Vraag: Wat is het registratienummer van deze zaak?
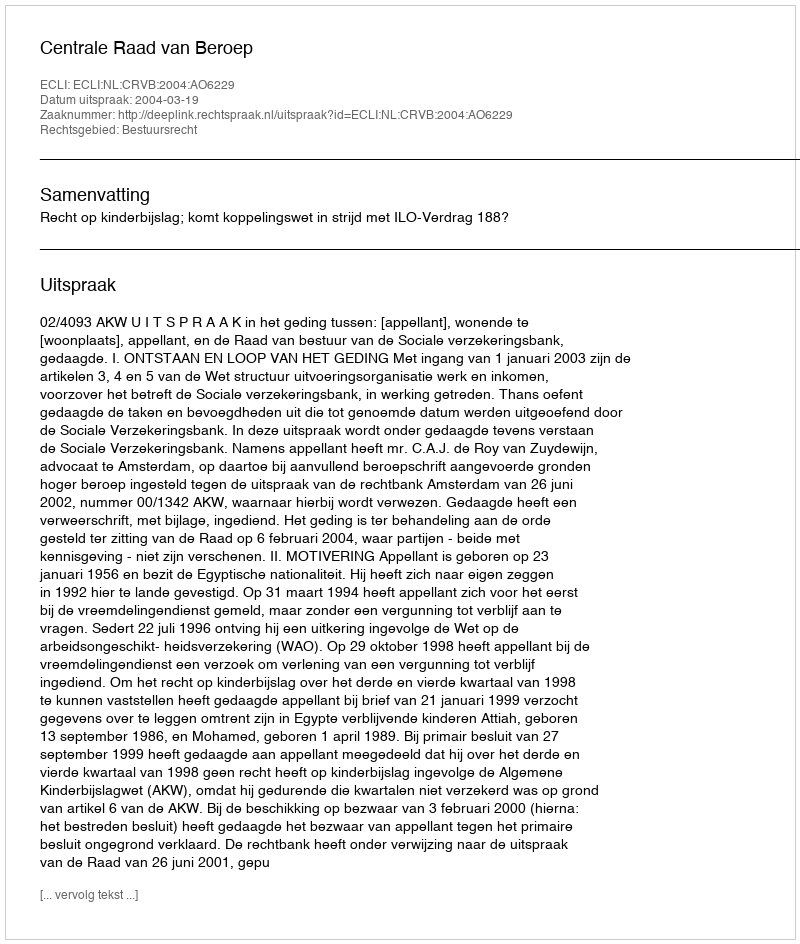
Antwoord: http://deeplink.rechtspraak.nl/uitspraak?id=ECLI:NL:CRVB:2004:AO6229